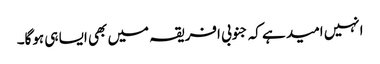
انہیں امید ہے کہ جنوبی افریقہ میں بھی ایسا ہی ہوگا۔